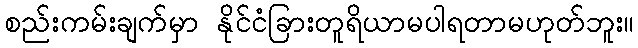
စည်းကမ်းချက်မှာ နိုင်ငံခြားတူရိယာမပါရတာမဟုတ်ဘူး။